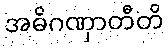
အဓိဂဏှာတီတိ